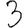
Digit: 3